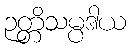
ဉတ္တိသမ္ပဒါယ